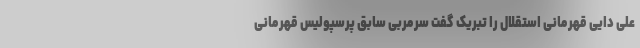
علی دایی قهرمانی استقلال را تبریک گفت سرمربی سابق پرسپولیس قهرمانی